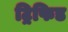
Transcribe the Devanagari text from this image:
ट्रिफिड